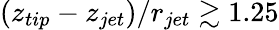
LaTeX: (z_{tip}-z_{jet})/r_{jet}\gtrsim 1.25